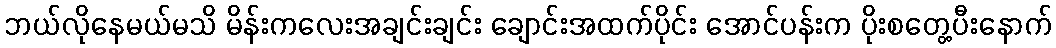
ဘယ်လိုနေမယ်မသိ မိန်းကလေးအချင်းချင်း ချောင်းအထက်ပိုင်း အောင်ပန်းက ပိုးစတွေ့ပီးနောက်